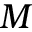
M